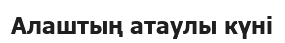
Алаштың атаулы күні